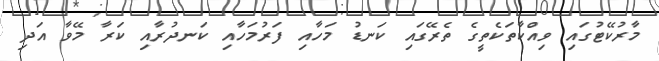
މާރުކޭޓުގައި ވިއްކާތަކެތީގެ ތެރޭގައި ކަނޑު މަހާއި ފަރުމަހާއި ކަނދުރާއި ކަރާ މޭވާ އަދި